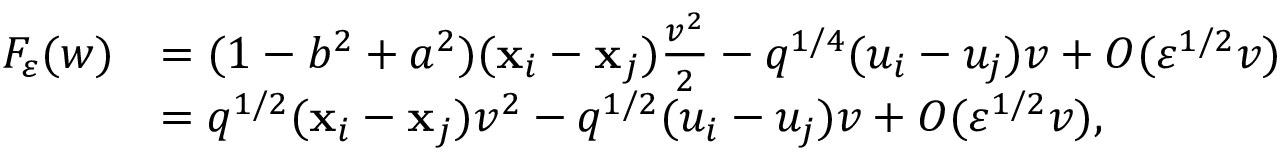
\begin{array} { r l } { F _ { \varepsilon } ( w ) } & { = ( 1 - b ^ { 2 } + a ^ { 2 } ) ( \mathbf { x } _ { i } - \mathbf { x } _ { j } ) \frac { v ^ { 2 } } { 2 } - q ^ { 1 / 4 } ( u _ { i } - u _ { j } ) v + O ( \varepsilon ^ { 1 / 2 } v ) } \\ & { = q ^ { 1 / 2 } ( \mathbf { x } _ { i } - \mathbf { x } _ { j } ) v ^ { 2 } - q ^ { 1 / 2 } ( u _ { i } - u _ { j } ) v + O ( \varepsilon ^ { 1 / 2 } v ) , } \end{array}